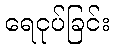
ရေငုပ်ခြင်း